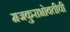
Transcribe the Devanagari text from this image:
मजकुराभोवतीची